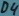
Text: D4